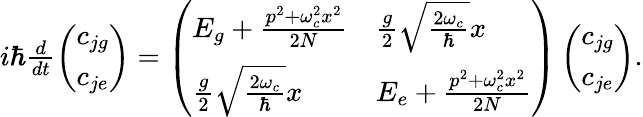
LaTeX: \begin{array}{r}{i\hbar\frac{d}{dt}\left(\begin{array}{l}{c_{jg}}\\ {c_{je}}\end{array}\right)=\left(\begin{array}{ll}{E_{g}+\frac{p^{2}+\omega_{c}^{2}x^{2}}{2N}}&{\frac{g}{2}\sqrt{\frac{2\omega_{c}}{\hbar}}x}\\ {\frac{g}{2}\sqrt{\frac{2\omega_{c}}{\hbar}}x}&{E_{e}+\frac{p^{2}+\omega_{c}^{2}x^{2}}{2N}}\end{array}\right)\left(\begin{array}{l}{c_{jg}}\\ {c_{je}}\end{array}\right).}\end{array}